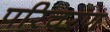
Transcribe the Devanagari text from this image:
परिचरण